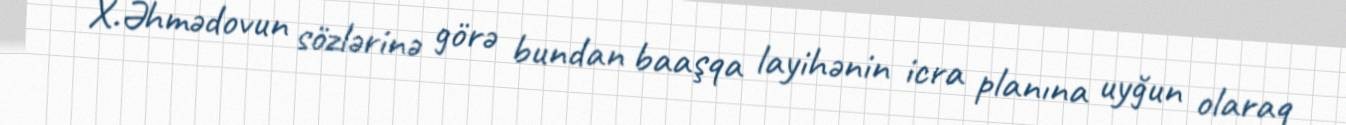
X.Əhmədovun sözlərinə görə bundan baaşqa layihənin icra planına uyğun olaraq